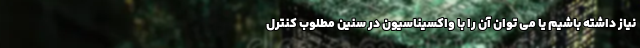
نیاز داشته باشیم یا می توان آن را با واکسیناسیون در سنین مطلوب کنترل